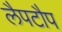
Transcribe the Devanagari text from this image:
लैपटौप